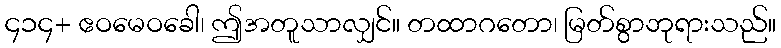
၄၁၄+ ဧဝမေဝခေါ၊ ဤအတူသာလျှင်။ တထာဂတော၊ မြတ်စွာဘုရားသည်။